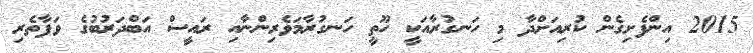
2015 އިންފެށިގެން ކުރިއަށްދާ މި ހަނގުރާއަކީ ހޫތީ ހަނގުރާމަވެރިންނާއި ރައީސް އަބްދަރުބުގެ ވަފާތެރި